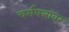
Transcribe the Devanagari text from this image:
चर्मपत्रांवर